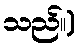
သည်။)